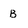
Character: B